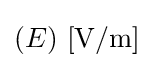
(E)\ \mathrm {[V/m]}